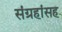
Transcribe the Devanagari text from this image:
संग्रहांसह